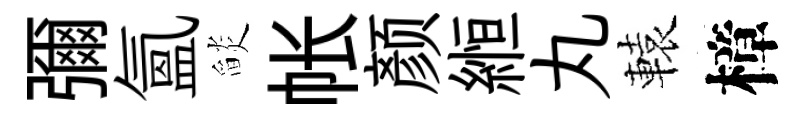
彌氳𦦨帐颜縆丸轅樟